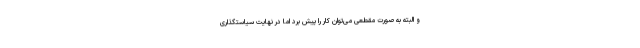
و البته به صورت مقطعی می‌توان کار را پیش برد اما در نهایت سیاستگذاری